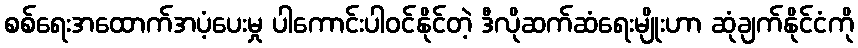
စစ်ရေးအထောက်အပံ့ပေးမှု ပါကောင်းပါဝင်နိုင်တဲ့ ဒီလိုဆက်ဆံရေးမျိုးဟာ ဆုံချက်နိုင်ငံကို